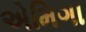
એમિગા